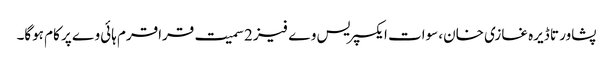
پشاور تا ڈیرہ غازی خان، سوات ایکسپریس وے فیز 2 سمیت قراقرم ہائی وے پر کام ہوگا۔